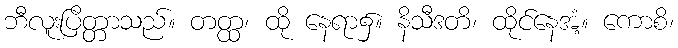
ဘီလူးပြိတ္တာသည်။ တတ္ထ၊ ထို နေရာ၌။ နိသီဒတိ၊ ထိုင်နေအံ့။ ကောစိ၊